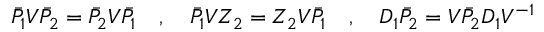
\bar { P } _ { 1 } V \bar { P } _ { 2 } = \bar { P } _ { 2 } V \bar { P } _ { 1 } \quad , \quad \bar { P } _ { 1 } V Z _ { 2 } = Z _ { 2 } V \bar { P } _ { 1 } \quad , \quad D _ { 1 } \bar { P } _ { 2 } = V \bar { P } _ { 2 } D _ { 1 } V ^ { - 1 }